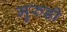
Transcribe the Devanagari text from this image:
मुरुडी